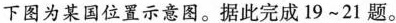
下图为某国位置示意图。据此完成19~21题。